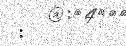
: